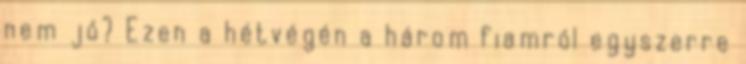
nem jó? Ezen a hétvégén a három fiamról egyszerre